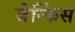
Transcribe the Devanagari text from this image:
जेन्किंस